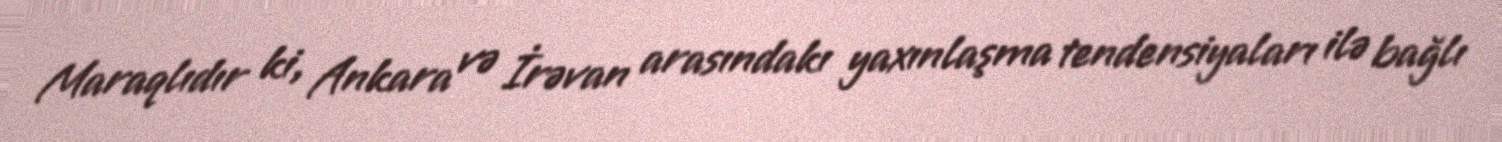
Maraqlıdır ki, Ankara və İrəvan arasındakı yaxınlaşma tendensiyaları ilə bağlı